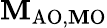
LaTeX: \mathbf{M}_{\mathrm{{{AO,\mathbf{M}O}}}}